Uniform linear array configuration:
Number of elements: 64
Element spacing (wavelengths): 1
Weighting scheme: cosine
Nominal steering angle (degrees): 45
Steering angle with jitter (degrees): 43.531
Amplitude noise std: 0.05
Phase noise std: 0.05

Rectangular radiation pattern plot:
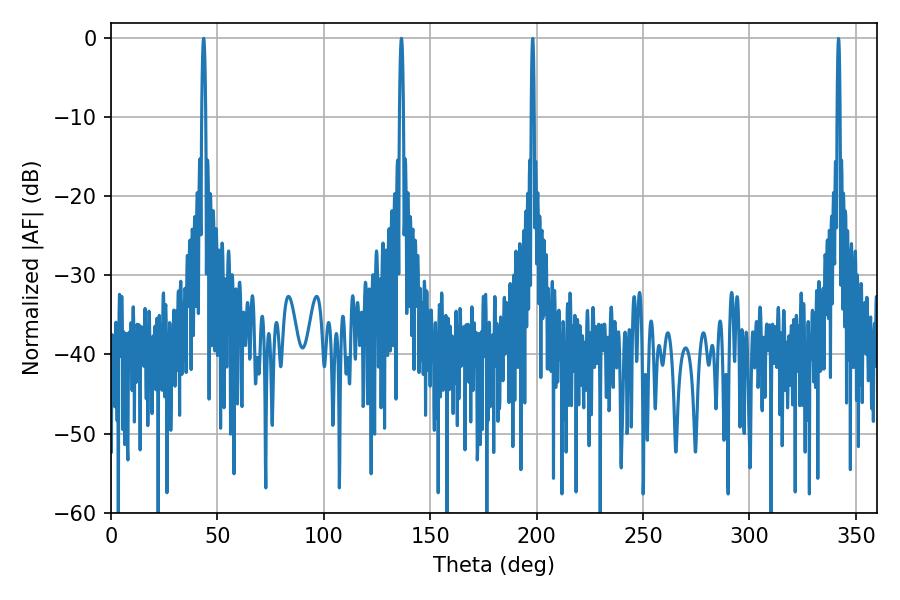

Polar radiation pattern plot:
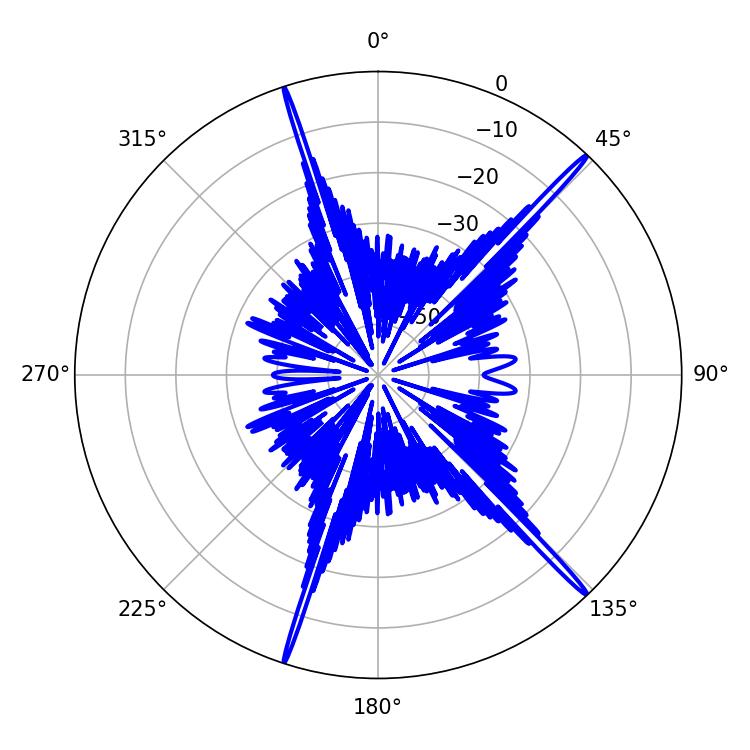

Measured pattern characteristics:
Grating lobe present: TRUE
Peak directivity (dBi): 20.07
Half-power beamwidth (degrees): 1.08
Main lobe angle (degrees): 136.44